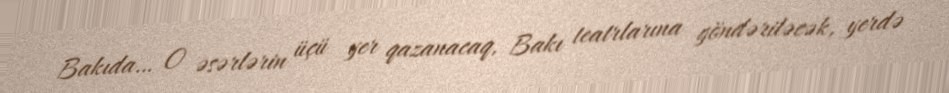
Bakıda… O əsərlərin üçü yer qazanacaq, Bakı teatrlarına göndəriləcək, yerdə